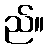
ည်။